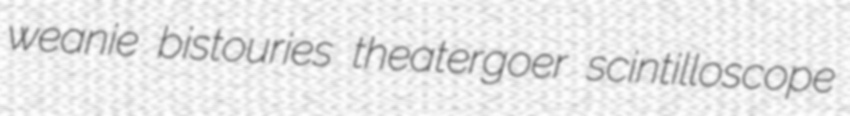
weanie bistouries theatergoer scintilloscope